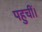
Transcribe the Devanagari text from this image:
पहुचीं।